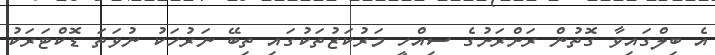
އެ ބިލްގައިވާ ގޮތުން ރަށްރަށުގެ ސިއްހީ މަރުކަޒުތަކުގައި ތިބޭ ނަރުހަކު ނުވަތަ ޑޮކްޓަރަކު